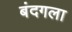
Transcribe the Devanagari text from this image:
बंदगला